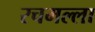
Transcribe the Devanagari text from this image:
रचमल्ला